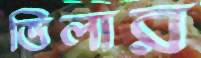
ভিলার